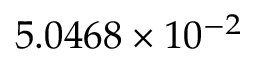
5 . 0 4 6 8 \times 1 0 ^ { - 2 }